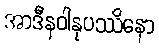
အာဒီနဝါနုပဿိနော